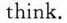
think.